Indian journal of veterinary science and animal husbandry - Volume 1,
Year: 1931
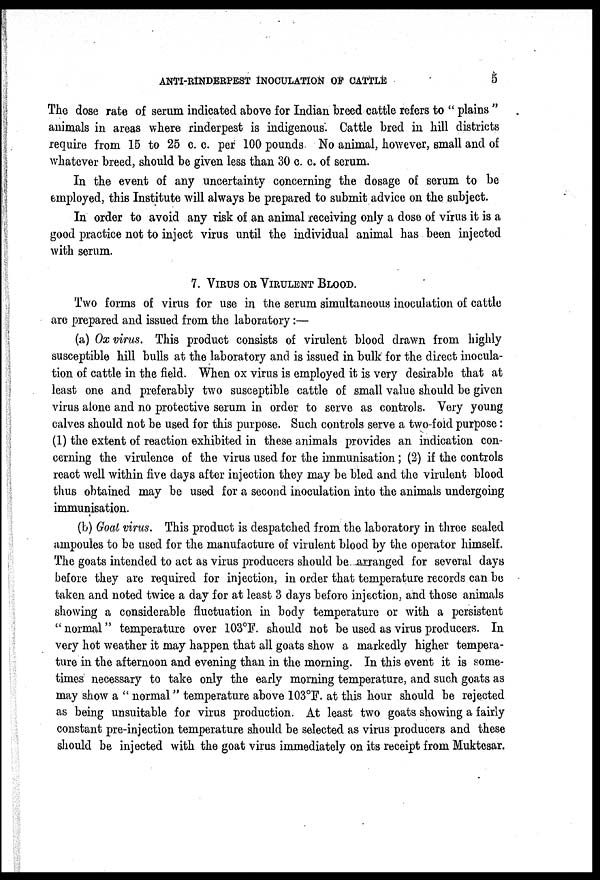
ANTI-RINDERPEST INOCULATION OF CATTLE
5
The dose rate of serum indicated above for Indian breed cattle refers to " plains "
animals in areas where rinderpest is indigenous. Cattle bred in hill districts
require from 15 to 25 c. c. per 100 pounds. No animal, however, small and of
whatever breed, should be given less than 30 c. c. of serum.
In the event of any uncertainty concerning the dosage of serum to be
employed, this Institute will always be prepared to submit advice on the subject.
In order to avoid any risk of an animal receiving only a dose of virus it is a
good practice not to inject virus until the individual animal has been injected
with serum.
7. VIRUS OR VIRULENT BLOOD.
Two forms of virus for use in the serum simultaneous inoculation of cattle
are prepared and issued from the laboratory:—
(a) Ox virus. This product consists of virulent blood drawn from highly
susceptible hill bulls at the laboratory and is issued in bulk for the direct inocula-
tion of cattle in the field. When ox virus is employed it is very desirable that at
least one and preferably two susceptible cattle of small value should be given
virus alone and no protective serum in order to serve as controls. Very young
calves should not be used for this purpose. Such controls serve a two fold purpose:
(1) the extent of reaction exhibited in these animals provides an indication con-
cerning the virulence of the virus used for the immunisation; (2) if the controls
react well within five days after injection they may be bled and the virulent blood
thus obtained may be used for a second inoculation into the animals undergoing
immunisation.
(b) Goat virus. This product is despatched from the laboratory in three sealed
ampoules to be used for the manufacture of virulent blood by the operator himself.
The goats intended to act as virus producers should be arranged for several days
before they are required for injection, in order that temperature records can be
taken and noted twice a day for at least 3 days before injection, and those animals
showing a considerable fluctuation in body temperature or with a persistent
"normal" temperature over 103°F. should not be used as virus producers. In
very hot weather it may happen that all goats show a markedly higher tempera-
ture in the afternoon and evening than in the morning. In this event it is some-
times necessary to take only the early morning temperature, and such goats as
may show a " normal" temperature above 103°F. at this hour should be rejected
as being unsuitable for virus production. At least two goats showing a fairly
constant pre-injection temperature should be selected as virus producers and these
should be injected with the goat virus immediately on its receipt from Muktesar.